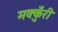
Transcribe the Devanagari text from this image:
मक्कुँरी